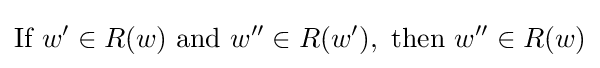
{\textrm {If}}~w'\in R(w)~{\textrm {and}}~w''\in R(w'),~{\textrm {then}}~w''\in R(w)